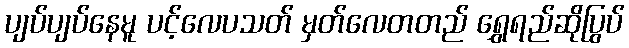
ပျပ်ပျပ်နေမူ ပင့်လေပသတ် မှတ်လေတတည် ရွှေရည်ဆိုပြွပ်